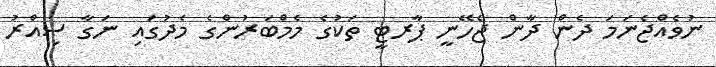
ނުވެއްޖެނަމަ ދެން ދާން ޖެހޭނީ ޕާރޓީ ތަކުގެ މެމްބަރުންގެ މެދުގައި ނަގާ ސިއްރު